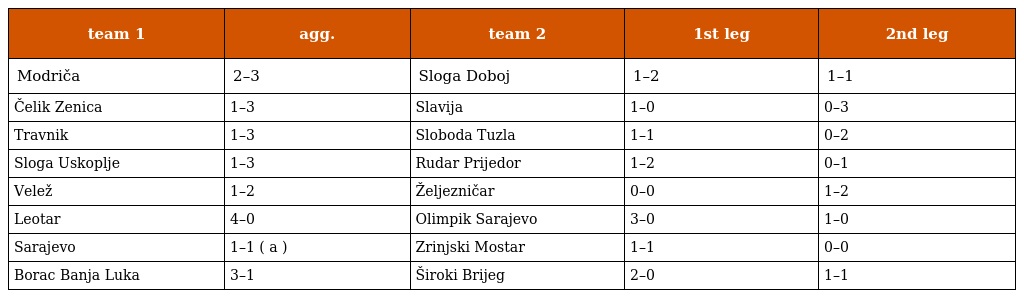
| team 1 | agg. | team 2 | 1st leg | 2nd leg |
 | --- | --- | --- | --- | --- |
 | Modriča | 2–3 | Sloga Doboj | 1–2 | 1–1 |
 | Čelik Zenica | 1–3 | Slavija | 1–0 | 0–3 |
 | Travnik | 1–3 | Sloboda Tuzla | 1–1 | 0–2 |
 | Sloga Uskoplje | 1–3 | Rudar Prijedor | 1–2 | 0–1 |
 | Velež | 1–2 | Željezničar | 0–0 | 1–2 |
 | Leotar | 4–0 | Olimpik Sarajevo | 3–0 | 1–0 |
 | Sarajevo | 1–1 ( a ) | Zrinjski Mostar | 1–1 | 0–0 |
 | Borac Banja Luka | 3–1 | Široki Brijeg | 2–0 | 1–1 |